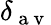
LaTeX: \delta_{\mathrm{~a~v~}}